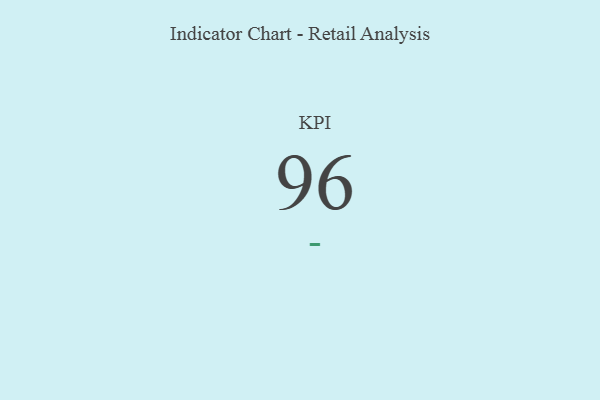
{"axis": {"x": "KPI", "y": "Value"}, "legend": [""], "data": [{"x": "KPI", "y": 96, "type": ""}]}